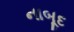
નાબૂદ